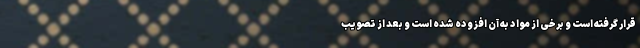
قرار گرفته است و برخی از مواد به آن افزوده شده است و بعد از تصویب